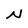
Character: N